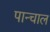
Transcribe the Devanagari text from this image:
पान्चाल